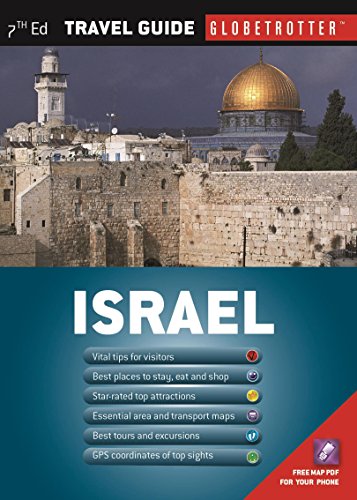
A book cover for Israel Travel Pack (Globetrotter Travel Packs); Sue Bryant; Travel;